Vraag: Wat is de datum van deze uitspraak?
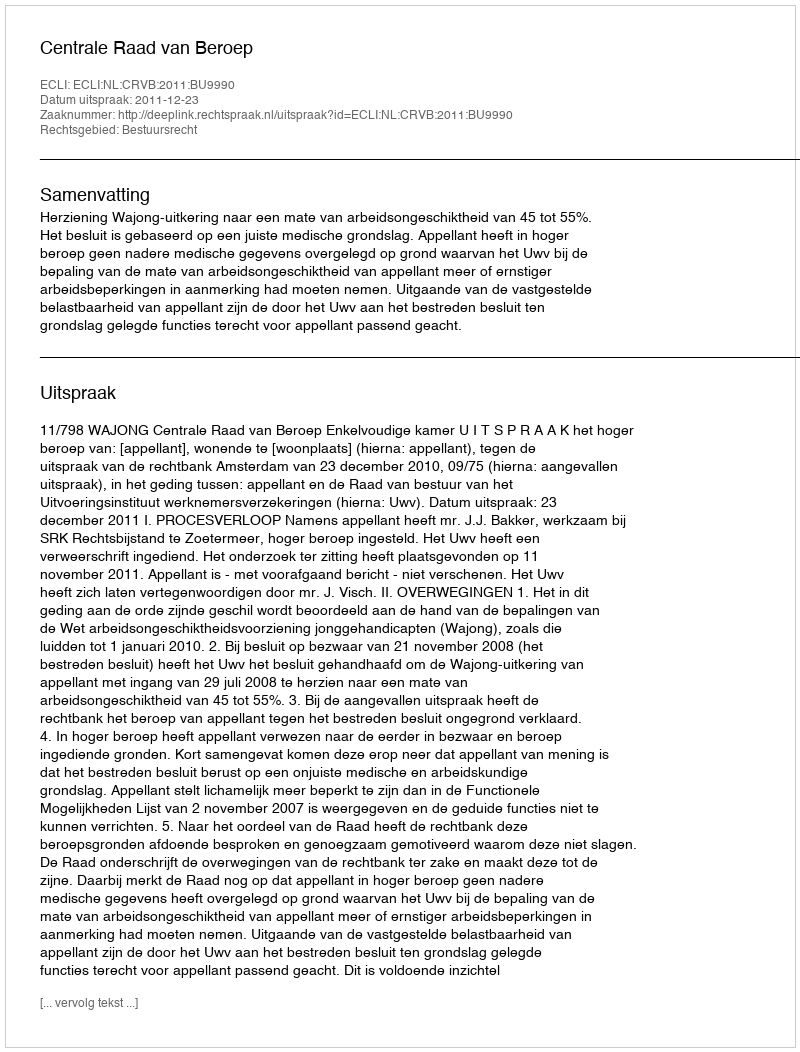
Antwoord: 2011-12-23